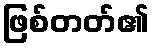
ဖြစ်တတ်၏